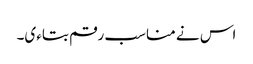
اس نے مناسب رقم بتاءی۔